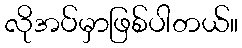
လိုအပ်မှာဖြစ်ပါတယ်။